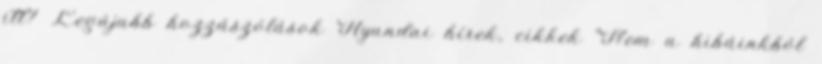
itt? Legújabb hozzászólások Hyundai hírek, cikkek "Nem a hibáinkból